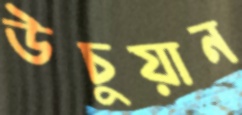
উচুয়ান